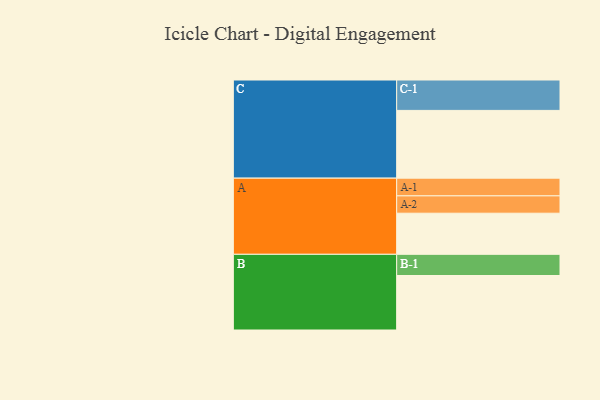
{"axis": {"x": "Segment", "y": "Value"}, "legend": ["", "A", "B", "C"], "data": [{"x": "A", "y": 353, "type": ""}, {"x": "B", "y": 468, "type": ""}, {"x": "C", "y": 582, "type": ""}, {"x": "A-1", "y": 152, "type": "A"}, {"x": "A-2", "y": 149, "type": "A"}, {"x": "B-1", "y": 182, "type": "B"}, {"x": "C-1", "y": 261, "type": "C"}]}